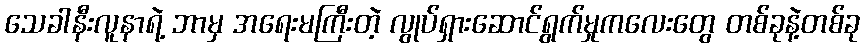
သေခါနီးလူနာရဲ့ ဘာမှ အရေးမကြီးတဲ့ လွုပ်ရှားဆောင်ရွက်မှုကလေးတွေ တစ်ခုနဲ့တစ်ခု